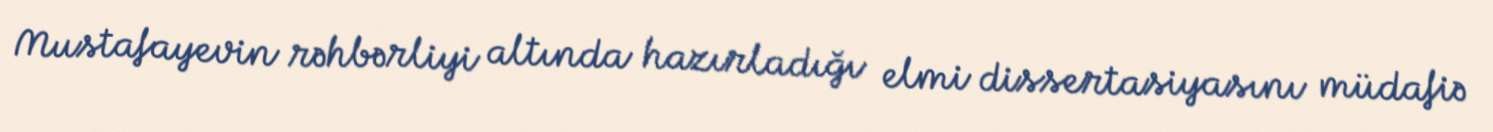
Mustafayevin rəhbərliyi altında hazırladığı elmi dissertasiyasını müdafiə